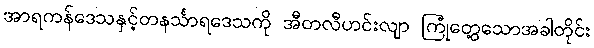
အာရကန်ဒေသနှင့်တနင်္သာရဒေသကို အီတလီဟင်းလျာ ကြုံတွေ့သောအခါတိုင်း